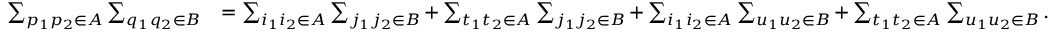
\begin{array} { r l } { \sum _ { p _ { 1 } p _ { 2 } \in A } \sum _ { q _ { 1 } q _ { 2 } \in B } } & { = \sum _ { i _ { 1 } i _ { 2 } \in A } \sum _ { j _ { 1 } j _ { 2 } \in B } + \sum _ { t _ { 1 } t _ { 2 } \in A } \sum _ { j _ { 1 } j _ { 2 } \in B } + \sum _ { i _ { 1 } i _ { 2 } \in A } \sum _ { u _ { 1 } u _ { 2 } \in B } + \sum _ { t _ { 1 } t _ { 2 } \in A } \sum _ { u _ { 1 } u _ { 2 } \in B } . } \end{array}